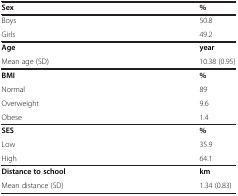
<table><thead><tr><td><b>Sex</b></td><td><b>%</b></td></tr></thead><tbody><tr><td>Boys</td><td>50.8</td></tr><tr><td>Girls</td><td>49.2</td></tr><tr><td><b>Age</b></td><td><b>year</b></td></tr><tr><td>Mean age (SD)</td><td>10.38 (0.95)</td></tr><tr><td><b>BMI</b></td><td><b>%</b></td></tr><tr><td>Normal</td><td>89</td></tr><tr><td>Overweight</td><td>9.6</td></tr><tr><td>Obese</td><td>1.4</td></tr><tr><td><b>SES</b></td><td><b>%</b></td></tr><tr><td>Low</td><td>35.9</td></tr><tr><td>High</td><td>64.1</td></tr><tr><td><b>Distance to school</b></td><td><b>km</b></td></tr><tr><td>Mean distance (SD)</td><td>1.34 (0.83)</td></tr></tbody></table>